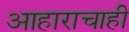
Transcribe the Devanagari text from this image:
आहाराचाही